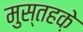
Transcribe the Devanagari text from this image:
मुस्तहके़